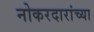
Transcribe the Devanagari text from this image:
नोकरदारांच्या